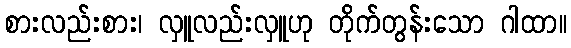
စားလည်းစား၊ လှူလည်းလှူဟု တိုက်တွန်းသော ဂါထာ။